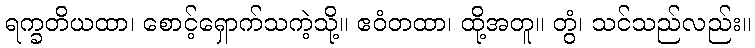
ရက္ခတိယထာ၊ စောင့်ရှောက်သကဲ့သို့။ ဧဝံတထာ၊ ထို့အတူ။ တွံ၊ သင်သည်လည်း။